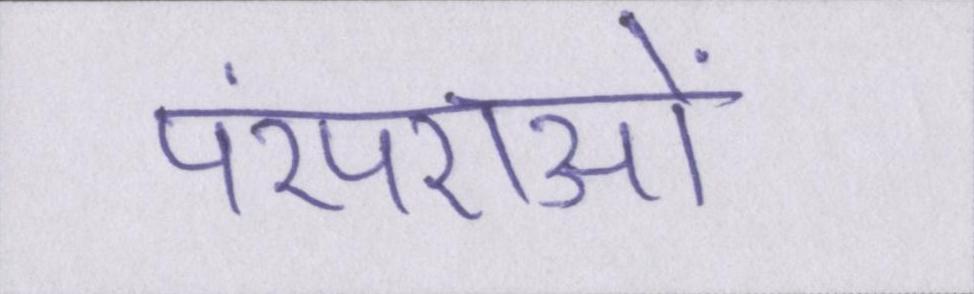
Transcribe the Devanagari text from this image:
परंपराओं